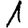
Digit: 1